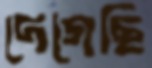
দেগেছি